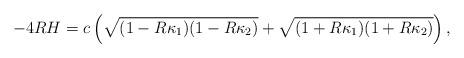
LaTeX: \begin{align*}-4RH = c\left( \sqrt{(1-R\kappa_1)(1-R\kappa_2)} + \sqrt{(1+R\kappa_1)(1+R\kappa_2)}\right),\end{align*}